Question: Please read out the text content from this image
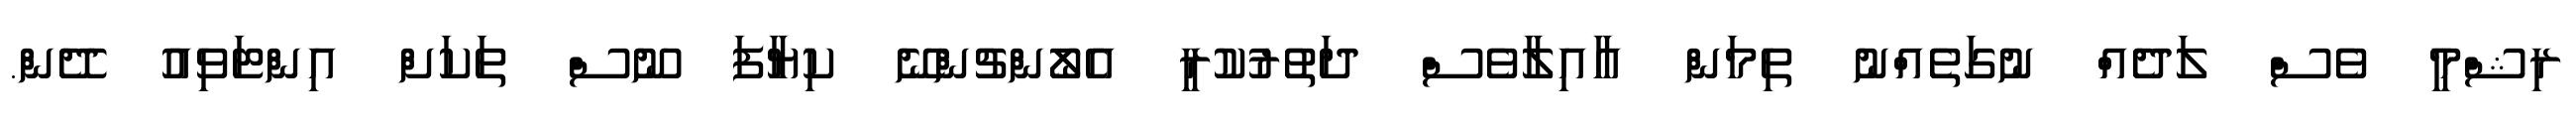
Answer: ރިޝްމީ ވެސް ލަދެއް ނުގަތެއްނު ތިމަން އާއިލާވެސް ދަތުރުކުރީ އެލޯންޗުންނޭ ކިޔާފަ ނޫސް ތަކަށް އިންޓަވިއު ދޭން.